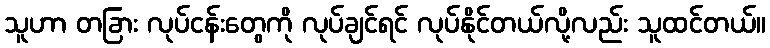
သူဟာ တခြား လုပ်ငန်းတွေကို လုပ်ချင်ရင် လုပ်နိုင်တယ်လို့လည်း သူထင်တယ်။